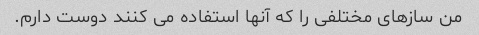
من سازهای مختلفی را که آنها استفاده می کنند دوست دارم.